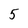
Character: 5